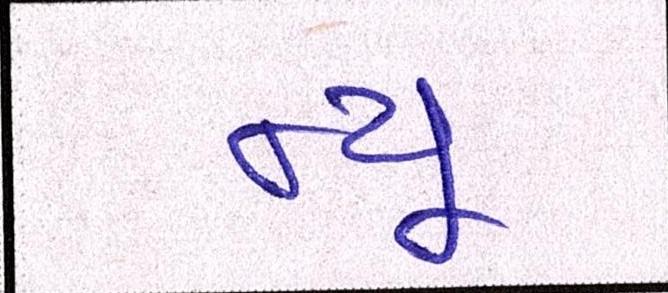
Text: ન્યૂ